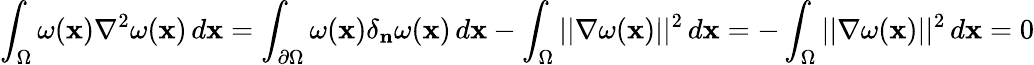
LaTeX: \int_{\Omega}\omega(\mathbf{x})\nabla^{2}\omega(\mathbf{x})\, d\mathbf{x}=\int_{\partial\Omega}\omega(\mathbf{x})\delta_{\mathbf{n}}\omega(\mathbf{x})\, d\mathbf{x}-\int_{\Omega}||\nabla\omega(\mathbf{x})||^{2}\, d\mathbf{x}=-\int_{\Omega}||\nabla\omega(\mathbf{x})||^{2}\, d\mathbf{x}=0